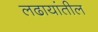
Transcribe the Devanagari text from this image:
लढायांतील